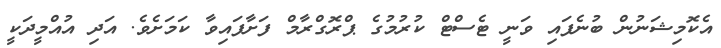
އެކޮމިޝަނުން ބުނެފައި ވަނީ ޓެސްޓް ކުރުމުގެ ޕްރޮގްރާމް ފަށާފައިވާ ކަމަށެވެ. އަދި އުއްމީދަކީ